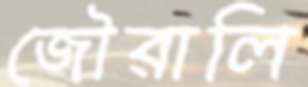
জৌরালি